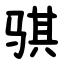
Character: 骐